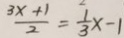
\frac { 3 x + 1 } { 2 } = \frac { 1 } { 3 } x - 1